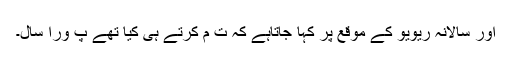
اور سالانہ ریویو کے موقع پر کہا جاتاہے کہ ت م کرتے ہی کیا تھے پ ورا سال۔